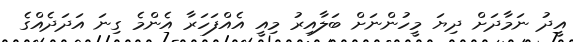
އީދު ނަމާދަށް ދިޔަ މީހުންނަށް ބަލާއިރު މިއީ އެއްފަހަރާ އެންމެ ގިނަ އަދަދެއްގެ